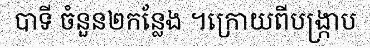
បាទី ចំនួន២កន្លែង ។ក្រោយពីបង្ក្រាប